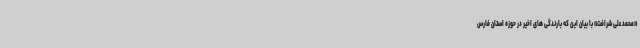
«محمدعلی شرافت» با بیان این که بارندگی های اخیر در حوزه استان فارس